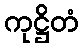
ကုဋ္ဌိတံ